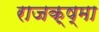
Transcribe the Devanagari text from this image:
राजक्ष्मा